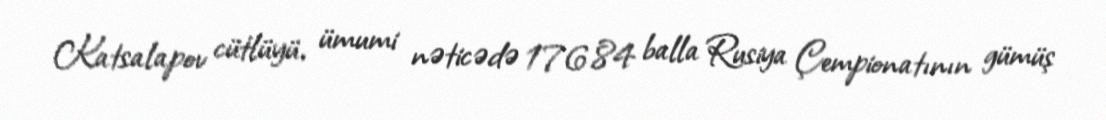
Katsalapov cütlüyü, ümumi nəticədə 176.84 balla Rusiya Çempionatının gümüş